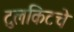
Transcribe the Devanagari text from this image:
टुलकिटचे